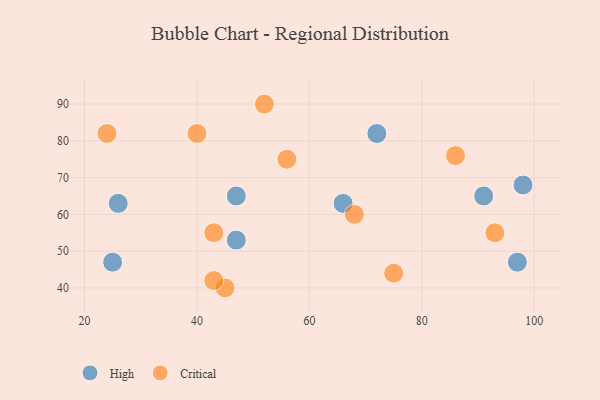
{"axis": {"x": "GDP", "y": "Life Expectancy"}, "legend": ["Critical", "High"], "data": [{"x": "97", "y": 47, "type": "High"}, {"x": "47", "y": 53, "type": "High"}, {"x": "91", "y": 65, "type": "High"}, {"x": "25", "y": 47, "type": "High"}, {"x": "66", "y": 63, "type": "High"}, {"x": "72", "y": 82, "type": "High"}, {"x": "26", "y": 63, "type": "High"}, {"x": "98", "y": 68, "type": "High"}, {"x": "47", "y": 65, "type": "High"}, {"x": "24", "y": 82, "type": "Critical"}, {"x": "40", "y": 82, "type": "Critical"}, {"x": "68", "y": 60, "type": "Critical"}, {"x": "93", "y": 55, "type": "Critical"}, {"x": "75", "y": 44, "type": "Critical"}, {"x": "86", "y": 76, "type": "Critical"}, {"x": "43", "y": 55, "type": "Critical"}, {"x": "45", "y": 40, "type": "Critical"}, {"x": "52", "y": 90, "type": "Critical"}, {"x": "43", "y": 42, "type": "Critical"}, {"x": "56", "y": 75, "type": "Critical"}]}